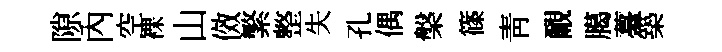
隙內空裸山傚繁整失孔偶槃篠靑覼臈薹築